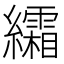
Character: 䌮